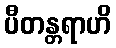
ပီတန္တရာဟိ